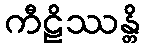
ကီဠိဿန္တိ